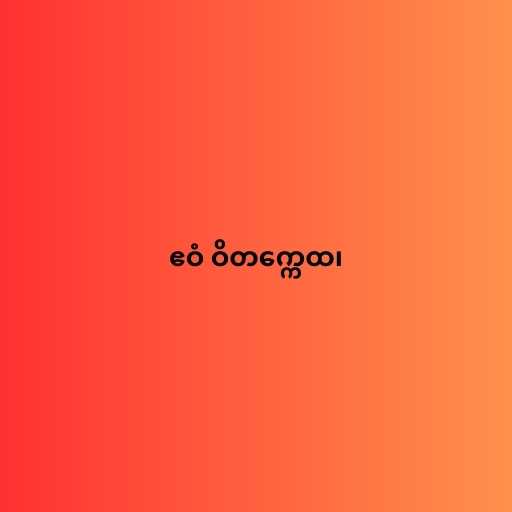
ဧဝံ ဝိတက္ကေထ၊